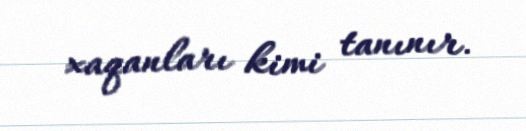
xaqanları kimi tanınır.